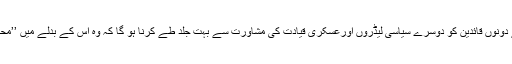
قیامِ امن کی خواہش رکھنے والے دونوں قائدین کو دوسرے سیاسی لیڈروں اورعسکری قیادت کی مشاورت سے بہت جلد طے کرنا ہو گا کہ وہ اُس کے بدلے میں ’’مُحبِّ وطن طالبان‘‘ کو کیا دیں گے؟